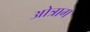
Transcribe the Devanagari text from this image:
ओत्राग